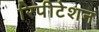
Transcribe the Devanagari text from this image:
रिपीटेशन